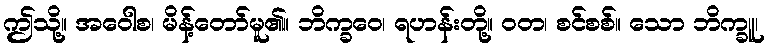
ဤသို့။ အဝေါစ၊ မိန့်တော်မူ၏။ ဘိက္ခဝေ၊ ရဟန်းတို့။ ဝတ၊ စင်စစ်။ သော ဘိက္ခူ၊